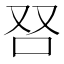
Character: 𰇍